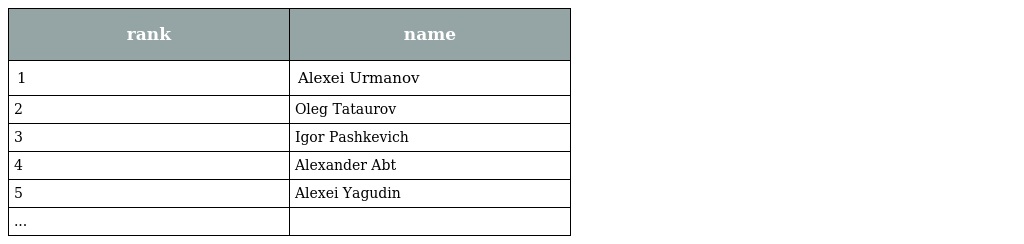
| rank | name |
 | --- | --- |
 | 1 | Alexei Urmanov |
 | 2 | Oleg Tataurov |
 | 3 | Igor Pashkevich |
 | 4 | Alexander Abt |
 | 5 | Alexei Yagudin |
 | ... |  |